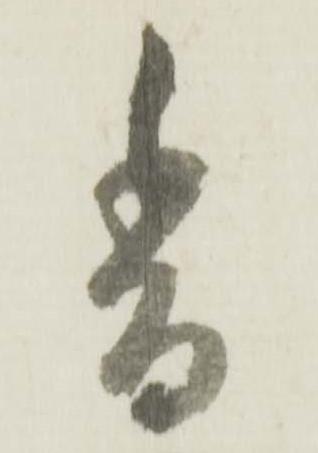
香